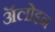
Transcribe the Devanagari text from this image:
ॲलोइन